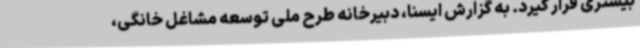
بیشتری قرار گیرد. به گزارش ایسنا، دبیرخانه طرح ملی توسعه مشاغل خانگی،